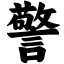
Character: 警